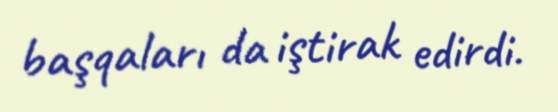
başqaları da iştirak edirdi.